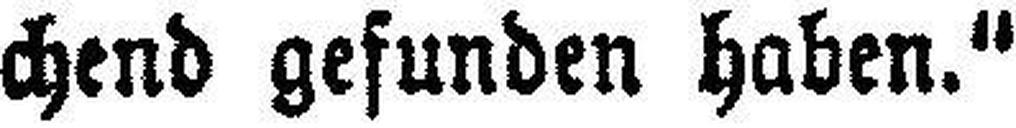
chend gefunden haben.“